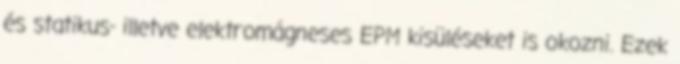
és statikus- illetve elektromágneses EPM kisüléseket is okozni. Ezek